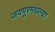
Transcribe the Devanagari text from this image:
जयपूरमधल्या